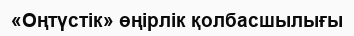
«Оңтүстік» өңірлік қолбасшылығы